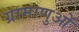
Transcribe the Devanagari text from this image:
ग्रामाणुओं